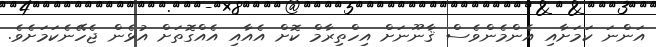
އަންނަ ކަމަށާއި އެންމެންވެސް ޤާނޫނަށް އިހްތިރާމް ކޮށް އެއާއި އެއްގޮތަށް އުޅެން ޖެހޭނެކަމަށެވެ.